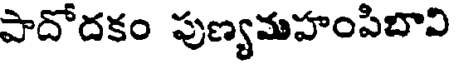
పాదోదకం పుణ్యమహంపిబావి